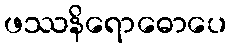
ဖဿနိရောဓောပေ